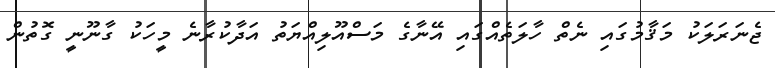
ޖެނަރަލަކު މަޤާމުގައި ނެތް ހާލަތެއްގައި އޭނާގެ މަސްއޫލިއްޔަތު އަދާކުރާނެ މީހަކު ގާނޫނީ ގޮތުން